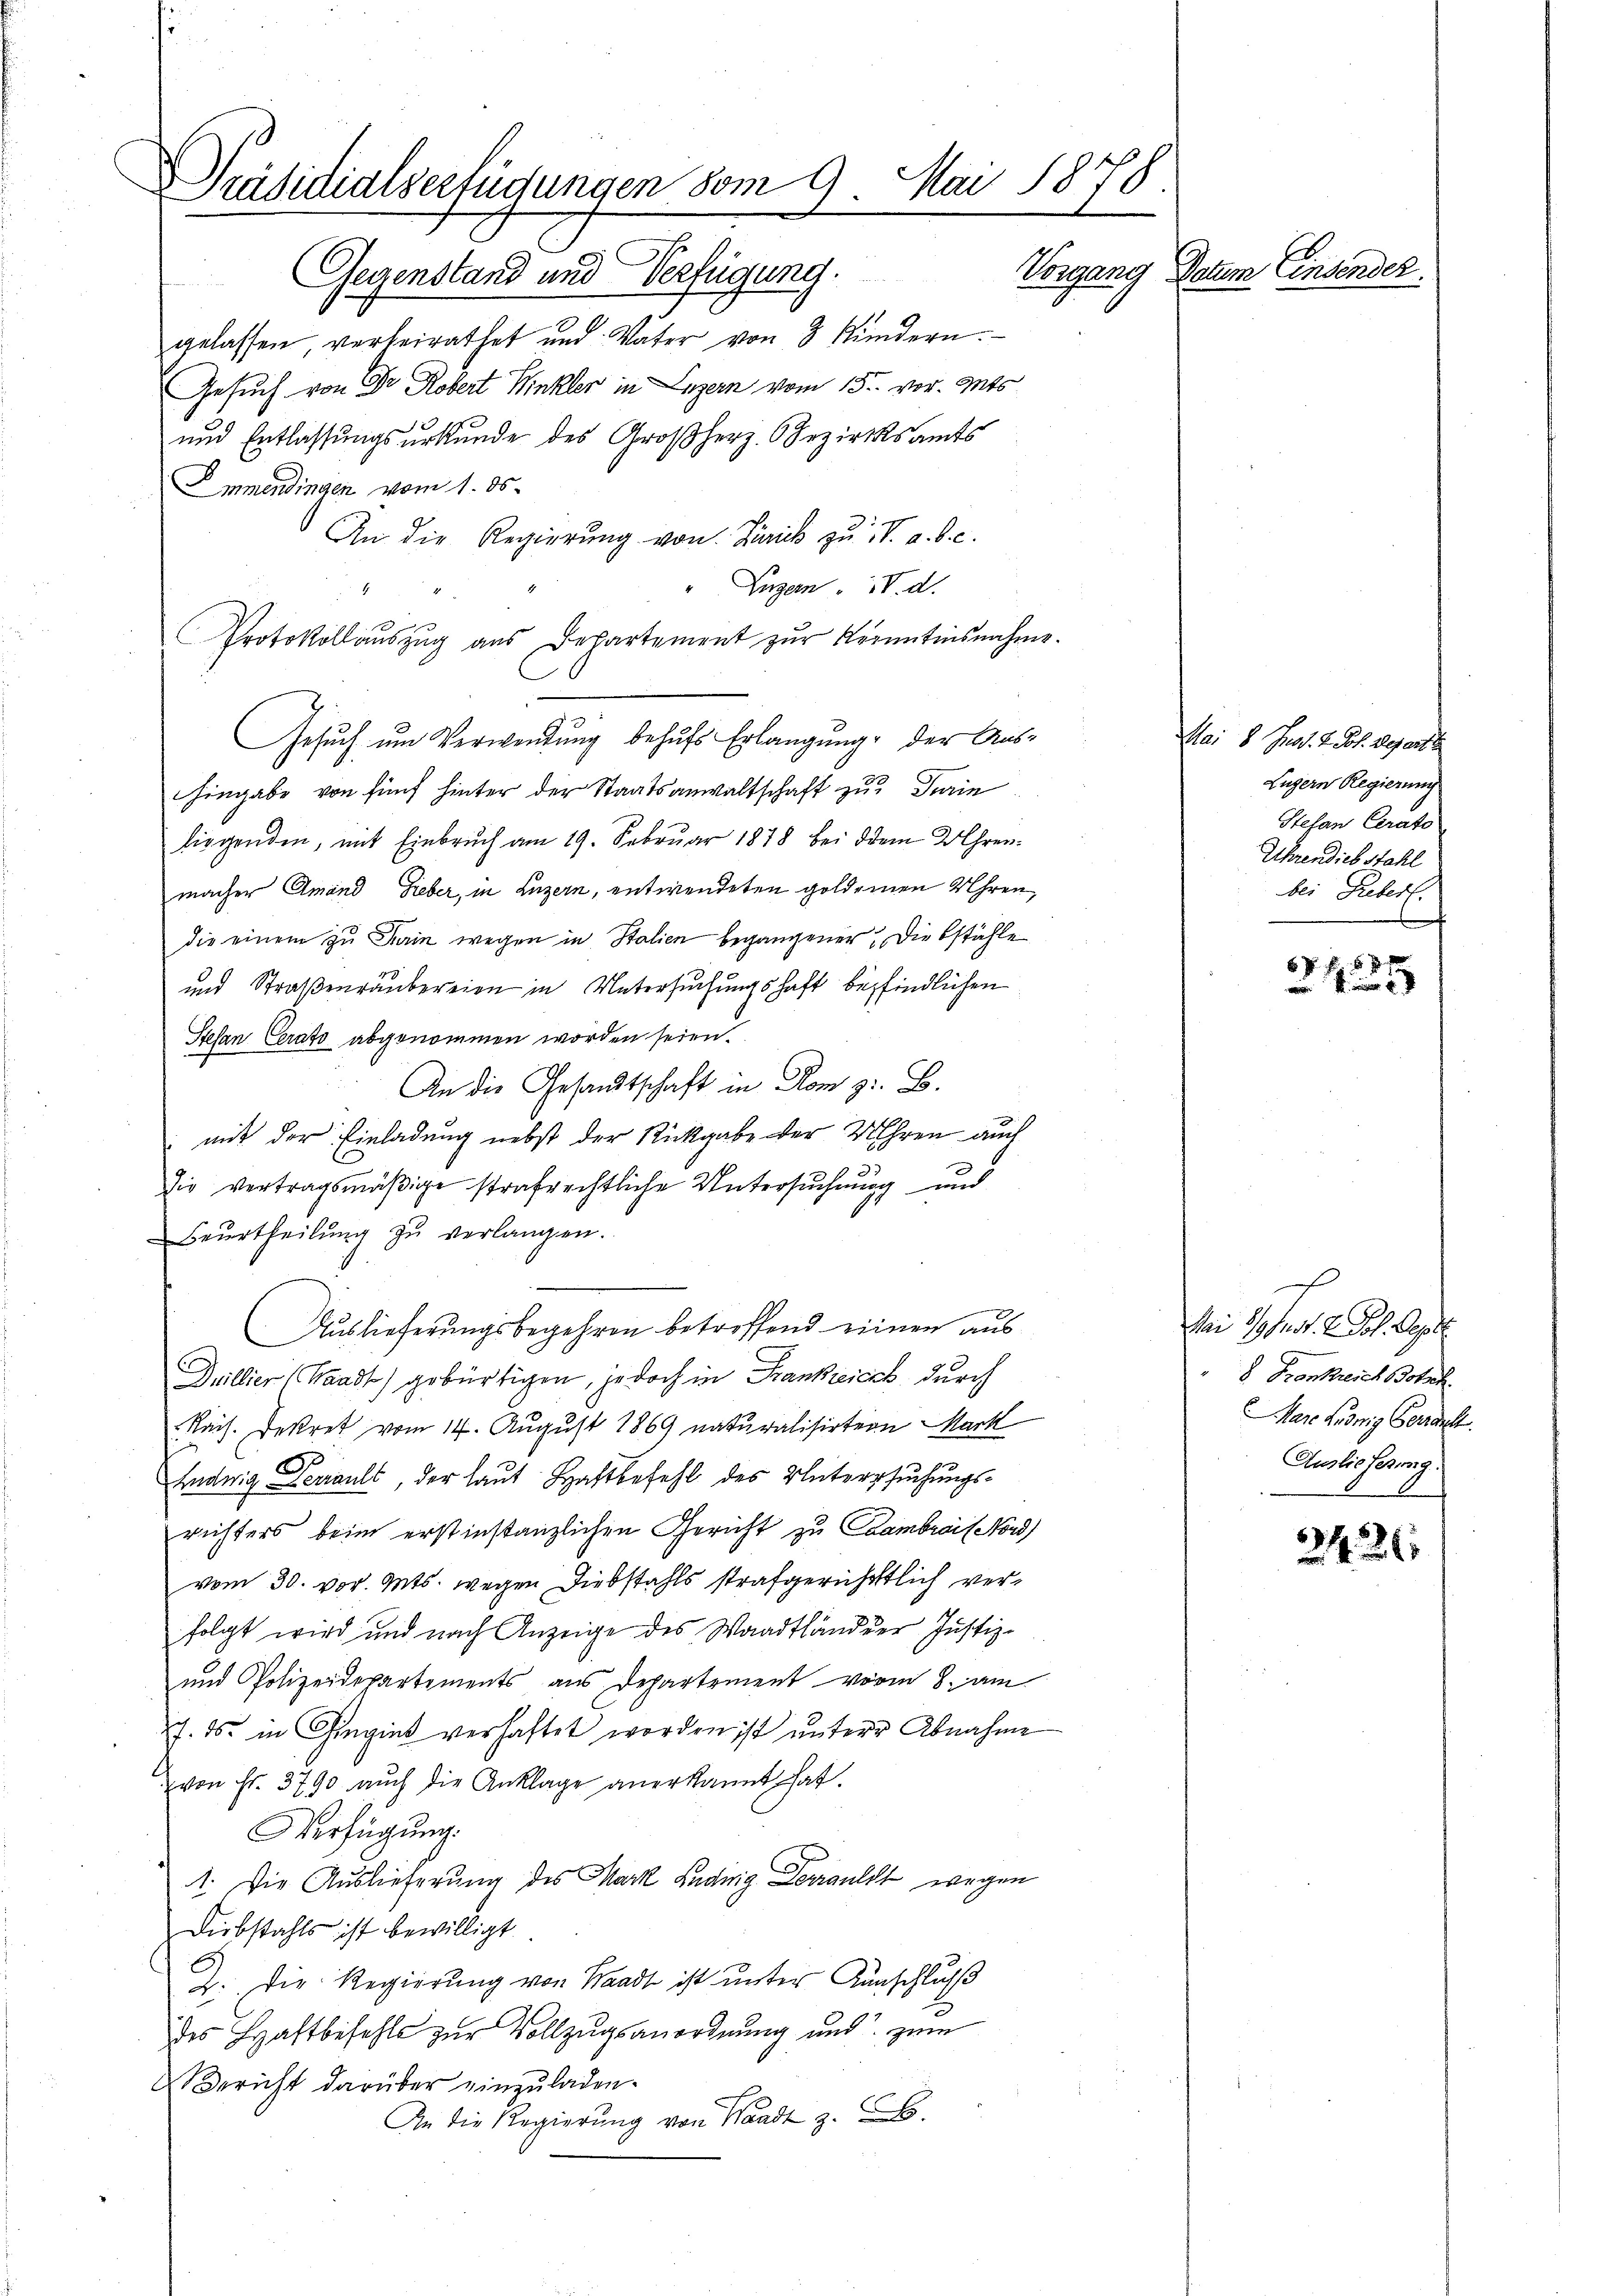
Präsidialverfügungen vom 9. Mai 1878
Vorgang Datum Einsender.
Gegenstand und Verfügung.

gelassen, verheirathet und Vater von 3 Kindern.
Gesuch von Dr. Robert Winkler in Luzern vom 15. vor. Mts
und Entlassungsurkunde des Großherz. Bezirksamts
Immendingen vom 1. ds.
An die Regierung von Zürick zu V. a. b. c.
" Luzern IV. d.
Protokollaŭszŭg aŭs Departement zŭr Kenntnisnahme.
Gesuch um Verwendung behŭfs Erlangung der Aus-
hingabe von fünf hinter der Staatsanwaltschaft zu Dein
liegenden, mit Einbruch am 19. Februar 1878 bei dem Uhrenmacher Amand Gieber, in Luzern, entwendeten goldenen Uhren,
die einem zu Turin wegen in Stalien begangener Diebstähle
und Straßenräubereien in Untersuchungshaft befindlichen
Stefan Cerato abgenommen worden seien.
An die Gesandtschaft in Rom z. B.
mit der Einladung nebst der Rückgabe der Uhren auch
die vertragsmäßige strafrechtliche Untersuchung und
Beŭrtheilŭng zŭ verlangen.
Auslieferungsbegehren betreffend einen aus
Dullier (Waadt) gebürtigen, jedoch in Frankreich durch
Räch. Dekret vom 14. August 1869 naturalisirtern Mark
Endwig Ferrault, der laut Haftbefehl des Untersuchungsrichters beim erstinstanzlichen Gericht zu Caambrais ord
vom 30. vor. Mts. wegen Diebstahls strafgerichtlich verfolgt wird und nach Anzeige des Waadtländer Justiz-
und Polizeidepartements aus Departement vom 8. Am
7. ds. in Gingint verhaftet worden ist untere Abnahme
von Fr. 3790 aŭch die Anklage anerkannt hat.
Verfügung.
1. Die Auslieferung des Mark Ludwig Deuls wegen
Diebstahls ist bewilligt
2. Die Regierung von Waadt ist unter Kunschluß
des Haftbefehls zur Vollzugsanordnung und zum
Bericht darüber einzuladen.
An die Regierŭng von Waadt z.

Mai 8. Just. 2. Joh. Departe
Luzern Regierung
Stefan Cerato
Uhrendiebstahl
bei Rebert.
e

P. F. 6 f

Mai 19 tent. 2. Joh. Geset
" 8. Frankreich Botan
Mare König Ferrach
Auslieferung.

2426